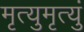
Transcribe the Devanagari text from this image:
मृत्युमृत्युं